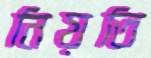
নিয়তি